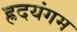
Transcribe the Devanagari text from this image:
ह्रदयंगम